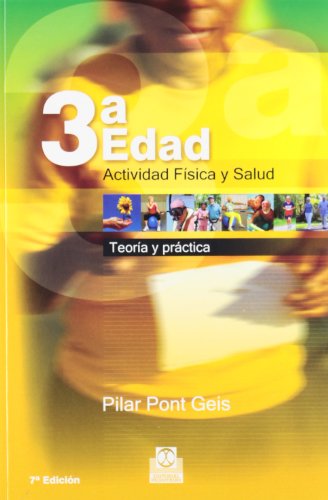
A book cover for Tercera Edad, Actividad Fisica y Salud (Cuerpo Sano/ Healthy Body) (Spanish Edition); Pilar Pont Geis; Health, Fitness & Dieting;